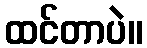
ထင်တာပဲ။